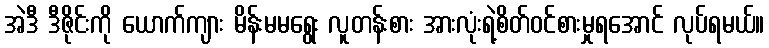
အဲဒီ ဒီဇိုင်းကို ယောက်ကျား မိန်းမမရွေး လူတန်းစား အားလုံးရဲ့စိတ်ဝင်စားမှုရအောင် လုပ်ရမယ်။